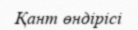
Қант өндірісі